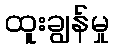
ထူးချွန်မှု